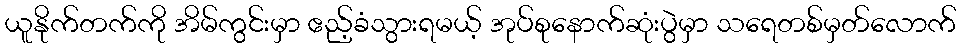
ယူနိုက်တက်ကို အိမ်ကွင်းမှာ ဧည့်ခံသွားရမယ့် အုပ်စုနောက်ဆုံးပွဲမှာ သရေတစ်မှတ်လောက်